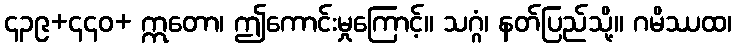
၄၃၉+၄၄၀+ ဣတော၊ ဤကောင်းမှုကြောင့်။ သဂ္ဂံ၊ နတ်ပြည်သို့။ ဂမိဿထ၊